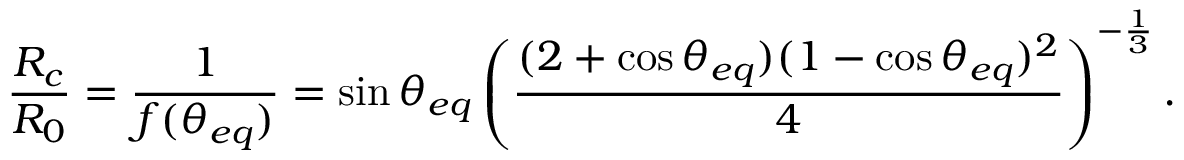
\frac { R _ { c } } { R _ { 0 } } = \frac { 1 } { f ( \theta _ { e q } ) } = \sin \theta _ { e q } \left( \frac { ( 2 + \cos \theta _ { e q } ) ( 1 - \cos \theta _ { e q } ) ^ { 2 } } { 4 } \right) ^ { - \frac { 1 } { 3 } } .